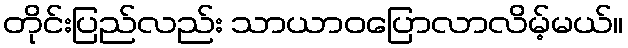
တိုင်းပြည်လည်း သာယာဝပြောလာလိမ့်မယ်။